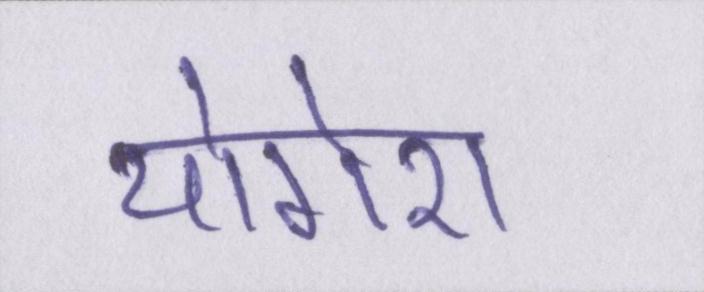
योगेश